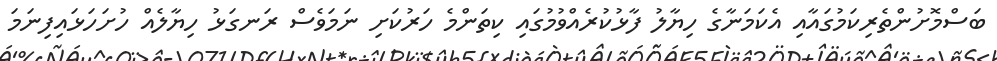
ބަސްމޮށުންތެރިކަމުގައާއި އެކަމަނާގެ ހިޔާލު ފާޅުކުރެއްވުމުގައި ކިތަންމެ ހަރުކަށި ނަމަވެސް ރަނގަޅު ހިޔާލެއް ހުށަހަޅައިފިނަމަ